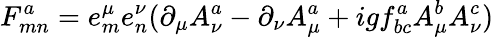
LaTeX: F_{mn}^{a}=e_{m}^{\mu}e_{n}^{\nu}(\partial_{\mu}A_{\nu}^{a}-\partial_{\nu}A_{\mu}^{a}+igf_{bc}^{a}A_{\mu}^{b}A_{\nu}^{c})